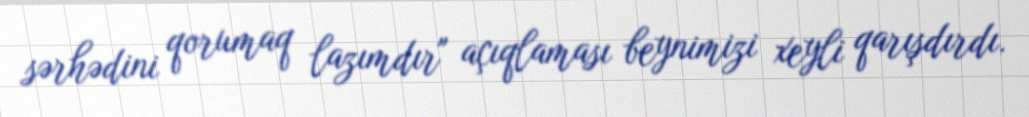
sərhədini qorumaq lazımdır" açıqlaması beynimizi xeyli qarışdırdı.